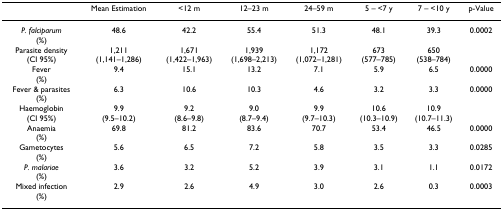
<table><thead><tr><td></td><td><b>Mean Estimation</b></td><td><b>&lt;12 m</b></td><td><b>12–23 m</b></td><td><b>24–59 m</b></td><td><b>5 – &lt;7 y</b></td><td><b>7 – &lt;10 y</b></td><td><b>p-Value</b></td></tr></thead><tbody><tr><td><i>P. falciparum</i>(%)</td><td>48.6</td><td>42.2</td><td>55.4</td><td>51.3</td><td>48.1</td><td>39.3</td><td>0.0002</td></tr><tr><td>Parasite density(CI 95%)</td><td>1,211(1,141–1,286)</td><td>1,671(1,422–1,963)</td><td>1,939(1,698–2,213)</td><td>1,172(1,072–1,281)</td><td>673(577–785)</td><td>650(538–784)</td><td></td></tr><tr><td>Fever(%)</td><td>9.4</td><td>15.1</td><td>13.2</td><td>7.1</td><td>5.9</td><td>6.5</td><td>0.0000</td></tr><tr><td>Fever &amp; parasites(%)</td><td>6.3</td><td>10.6</td><td>10.3</td><td>4.6</td><td>3.2</td><td>3.3</td><td>0.0000</td></tr><tr><td>Haemoglobin(CI 95%)</td><td>9.9(9.5–10.2)</td><td>9.2(8.6–9.8)</td><td>9.0(8.7–9.4)</td><td>9.9(9.7–10.3)</td><td>10.6(10.3–10.9)</td><td>10.9(10.7–11.3)</td><td></td></tr><tr><td>Anaemia(%)</td><td>69.8</td><td>81.2</td><td>83.6</td><td>70.7</td><td>53.4</td><td>46.5</td><td>0.0000</td></tr><tr><td>Gametocytes(%)</td><td>5.6</td><td>6.5</td><td>7.2</td><td>5.8</td><td>3.5</td><td>3.3</td><td>0.0285</td></tr><tr><td><i>P. malariae</i>(%)</td><td>3.6</td><td>3.2</td><td>5.2</td><td>3.9</td><td>3.1</td><td>1.1</td><td>0.0172</td></tr><tr><td>Mixed infection(%)</td><td>2.9</td><td>2.6</td><td>4.9</td><td>3.0</td><td>2.6</td><td>0.3</td><td>0.0003</td></tr></tbody></table>